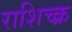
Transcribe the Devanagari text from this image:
राशिच्क्र